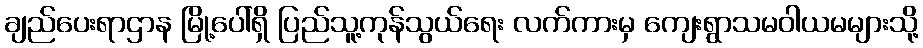
ချည်ပေးရာဌာန မြို့ပေါ်ရှိ ပြည်သူ့ကုန်သွယ်ရေး လက်ကားမှ ကျေးရွာသမဝါယမများသို့